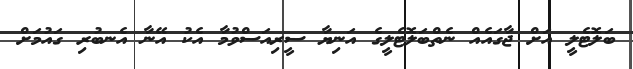
ބަލޮޓެލީ އަށް ޖާގައެއް ނެތްބަލޮޓެލީގެ އަނިޔާ ސީރިއަސްވުމާ އެކު އޭނާ އެނބުރި ގައުމަށް